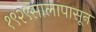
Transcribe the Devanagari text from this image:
१९२९सालापासून